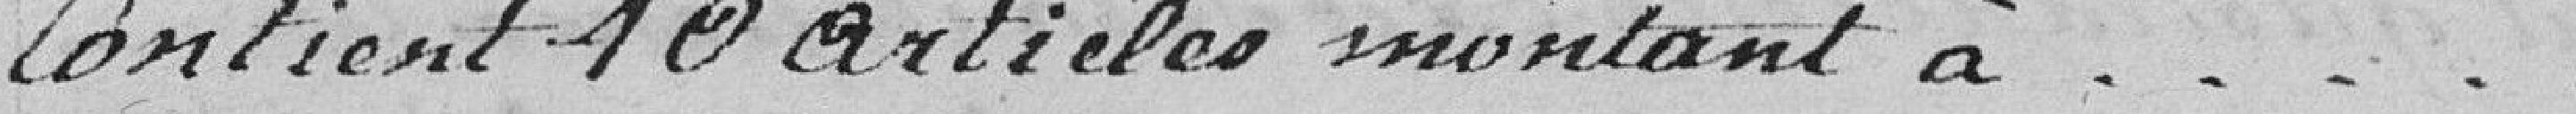
contient 10 articles montant à ....